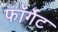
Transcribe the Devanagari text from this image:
फॉर्गेट